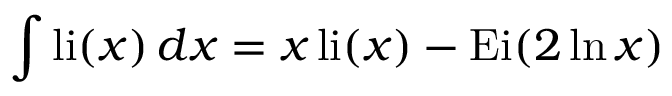
\int \operatorname { l i } ( x ) \, d x = x \operatorname { l i } ( x ) - \operatorname { E i } ( 2 \ln x )